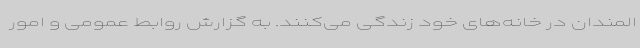
المندان در خانه‌های خود زندگی می‌کنند. به گزارش روابط عمومی و امور